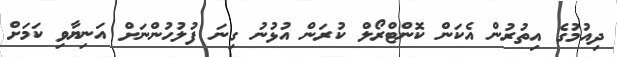
ދިއުމުގެ އިތުރުން އެކަން ކޮންޓްރޯލް ކުރަން އުޅުނު ގިނަ ފުލުހުންނަށް އަނިޔާވި ކަމަށް